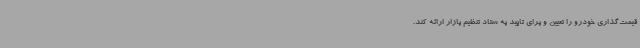
قیمت‌گذاری خودرو را تعیین و برای تایید به ستاد تنظیم بازار ارائه کند.